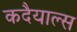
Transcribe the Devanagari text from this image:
कदैयाल्स